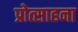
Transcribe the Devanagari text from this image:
प्रोत्साहना